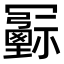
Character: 𠖦